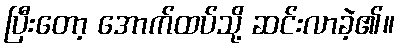
ပြီးတော့ အောက်ထပ်သို့ ဆင်းလာခဲ့၏။